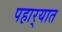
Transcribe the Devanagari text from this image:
पहार्‍यात